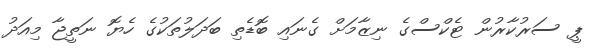
ޕީ ސަރުކާރުން ޓެކްސްގެ ނިޒާމަށް ގެނައި ބޮޑެތި ބަދަލުތަކުގެ ހެޔޮ ނަތީޖާ މިއަދު